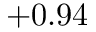
+ 0 . 9 4